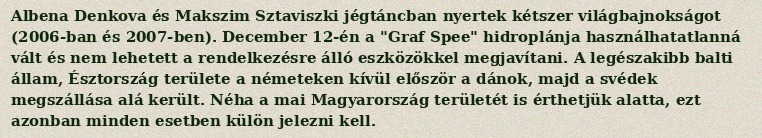
Albena Denkova és Makszim Sztaviszki jégtáncban nyertek kétszer világbajnokságot (2006-ban és 2007-ben). December 12-én a "Graf Spee" hidroplánja használhatatlanná vált és nem lehetett a rendelkezésre álló eszközökkel megjavítani. A legészakibb balti állam, Észtország területe a németeken kívül először a dánok, majd a svédek megszállása alá került. Néha a mai Magyarország területét is érthetjük alatta, ezt azonban minden esetben külön jelezni kell.